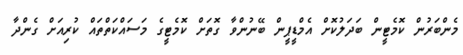
މެންބަރުން ކޮމެޓީން ބަދަލުކޮށް އެމްޑީޕީން ބޭނުންވާ ގޮތަށް ކޮމެޓީގެ މަސައްކަތްތައް ކުރިއަށް ގެންދާ